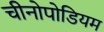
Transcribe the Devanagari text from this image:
चीनोपोडियम